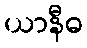
ယာနီဓ